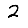
Digit: 2